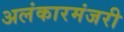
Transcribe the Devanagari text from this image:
अलंकारमंजरी